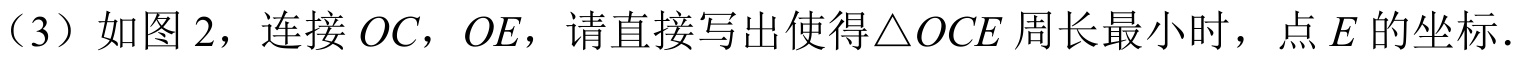
（3）如图 2，连接 \(OC\)，\(OE\)，请直接写出使得\(\triangle OCE\)周长最小时，点 \(E\) 的坐标.